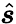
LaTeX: \hat{\boldsymbol{s}}